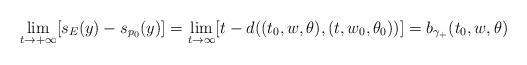
LaTeX: \begin{align*}\lim\limits_{t\rightarrow+\infty}[s_E(y)-s_{p_0}(y)]=\lim\limits_{t\rightarrow\infty}[t-d((t_0,w,\theta),(t,w_0,\theta_0))]=b_{\gamma_+}(t_0,w,\theta)\end{align*}